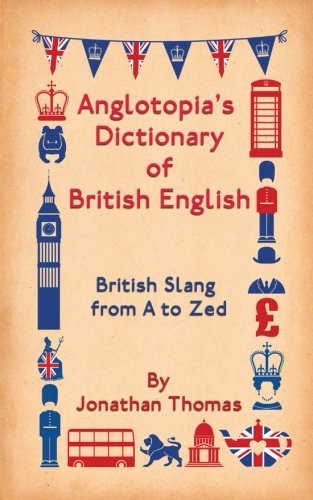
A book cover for Anglotopia's Dictionary of British English: British Slang from A to Zed; Jonathan Thomas; Reference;